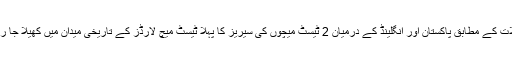
تفصیلات کے مطابق پاکستان اور انگلینڈ کے درمیان 2 ٹیسٹ میچوں کی سیریز کا پہلا ٹیسٹ میچ لارڈز کے تاریخی میدان میں کھیلا جا رہا ہے۔